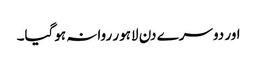
اور دوسرے دن لاہور روانہ ہوگیا۔